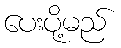
ပေးပို့မည်